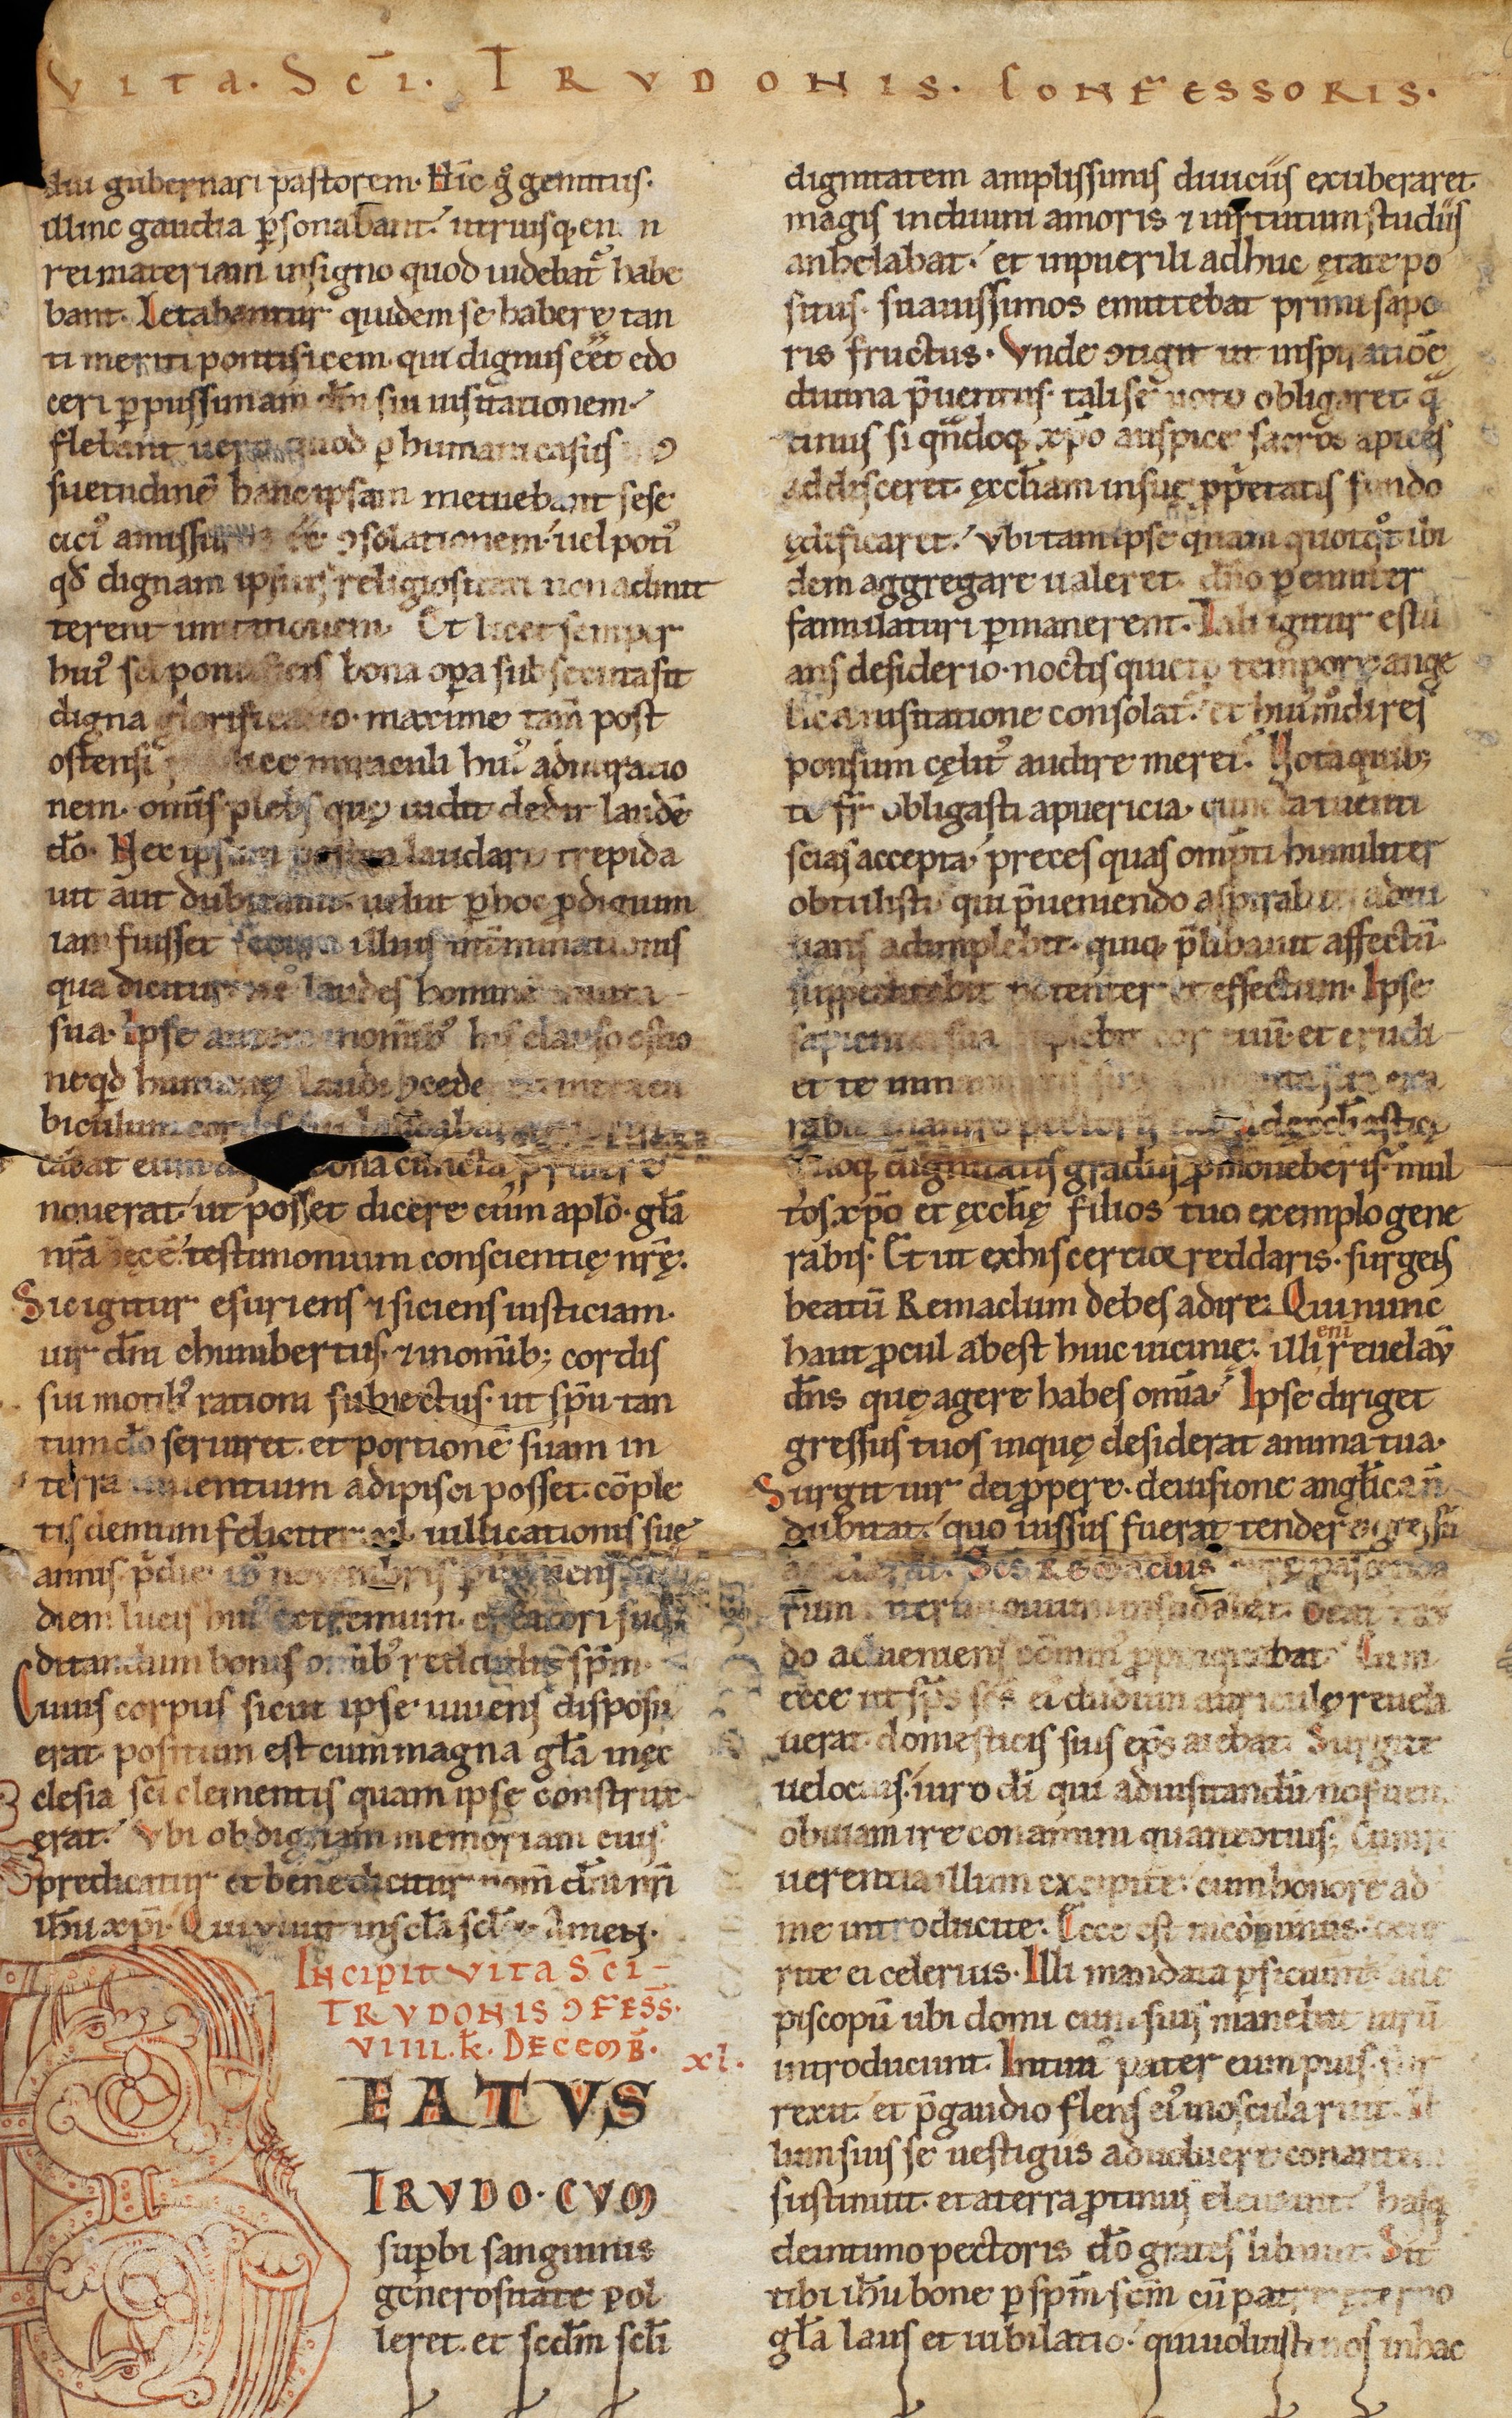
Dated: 1140–1170